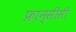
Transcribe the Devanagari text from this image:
फ्रा़न्सीसी